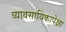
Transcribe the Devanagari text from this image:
व्यावसायिंकापेक्षा